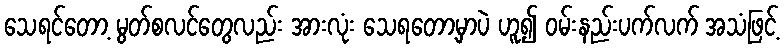
သေရင်တော့ မွတ်စလင်တွေလည်း အားလုံး သေရတော့မှာပဲ ဟူ၍ ဝမ်းနည်းပက်လက် အသံဖြင့်